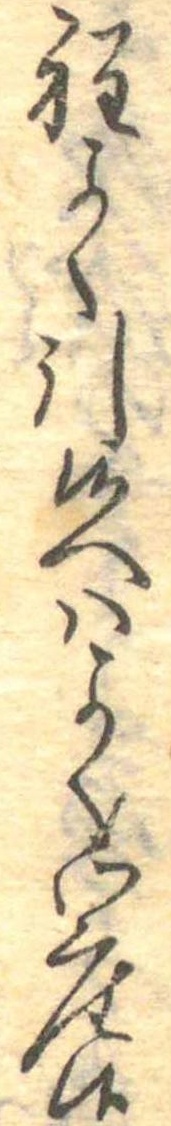
程よく引候へはよく御座候